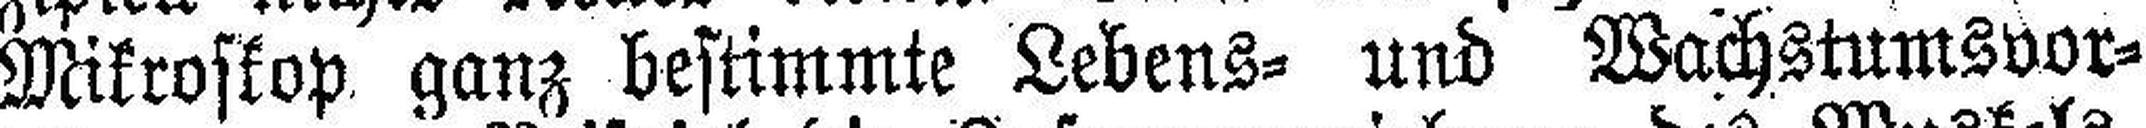
Mikroskop ganz bestimmte Lebens= und Wachstumsvor¬